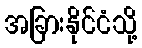
အခြားနိုင်ငံသို့